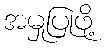
အမှုပြုဖို့